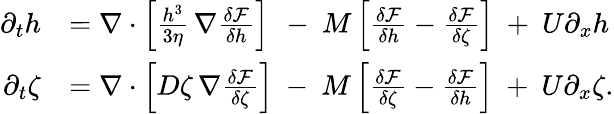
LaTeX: \begin{array}{rl}{\partial_{t}h}&{=\nabla\cdot\left[\frac{h^{3}}{3\eta}\, \nabla\frac{\delta\mathcal{F}}{\delta h}\right]\ \, -\ M\left[\frac{\delta\mathcal{F}}{\delta h}-\frac{\delta\mathcal{F}}{\delta\zeta}\right]\ +\ U\partial_{x}h}\\ {\partial_{t}\zeta}&{=\nabla\cdot\left[D\zeta\, \nabla\frac{\delta\mathcal{F}}{\delta\zeta}\right]\ -\ M\left[\frac{\delta\mathcal{F}}{\delta\zeta}-\frac{\delta\mathcal{F}}{\delta h}\right]\ +\ U\partial_{x}\zeta.}\end{array}